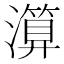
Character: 𤀤